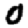
Digit: 0